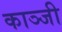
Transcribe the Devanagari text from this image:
काञ्जी